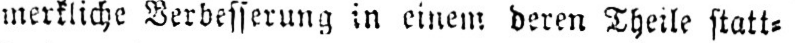
merkliche Verbesserung in einem deren Theile statt⸗